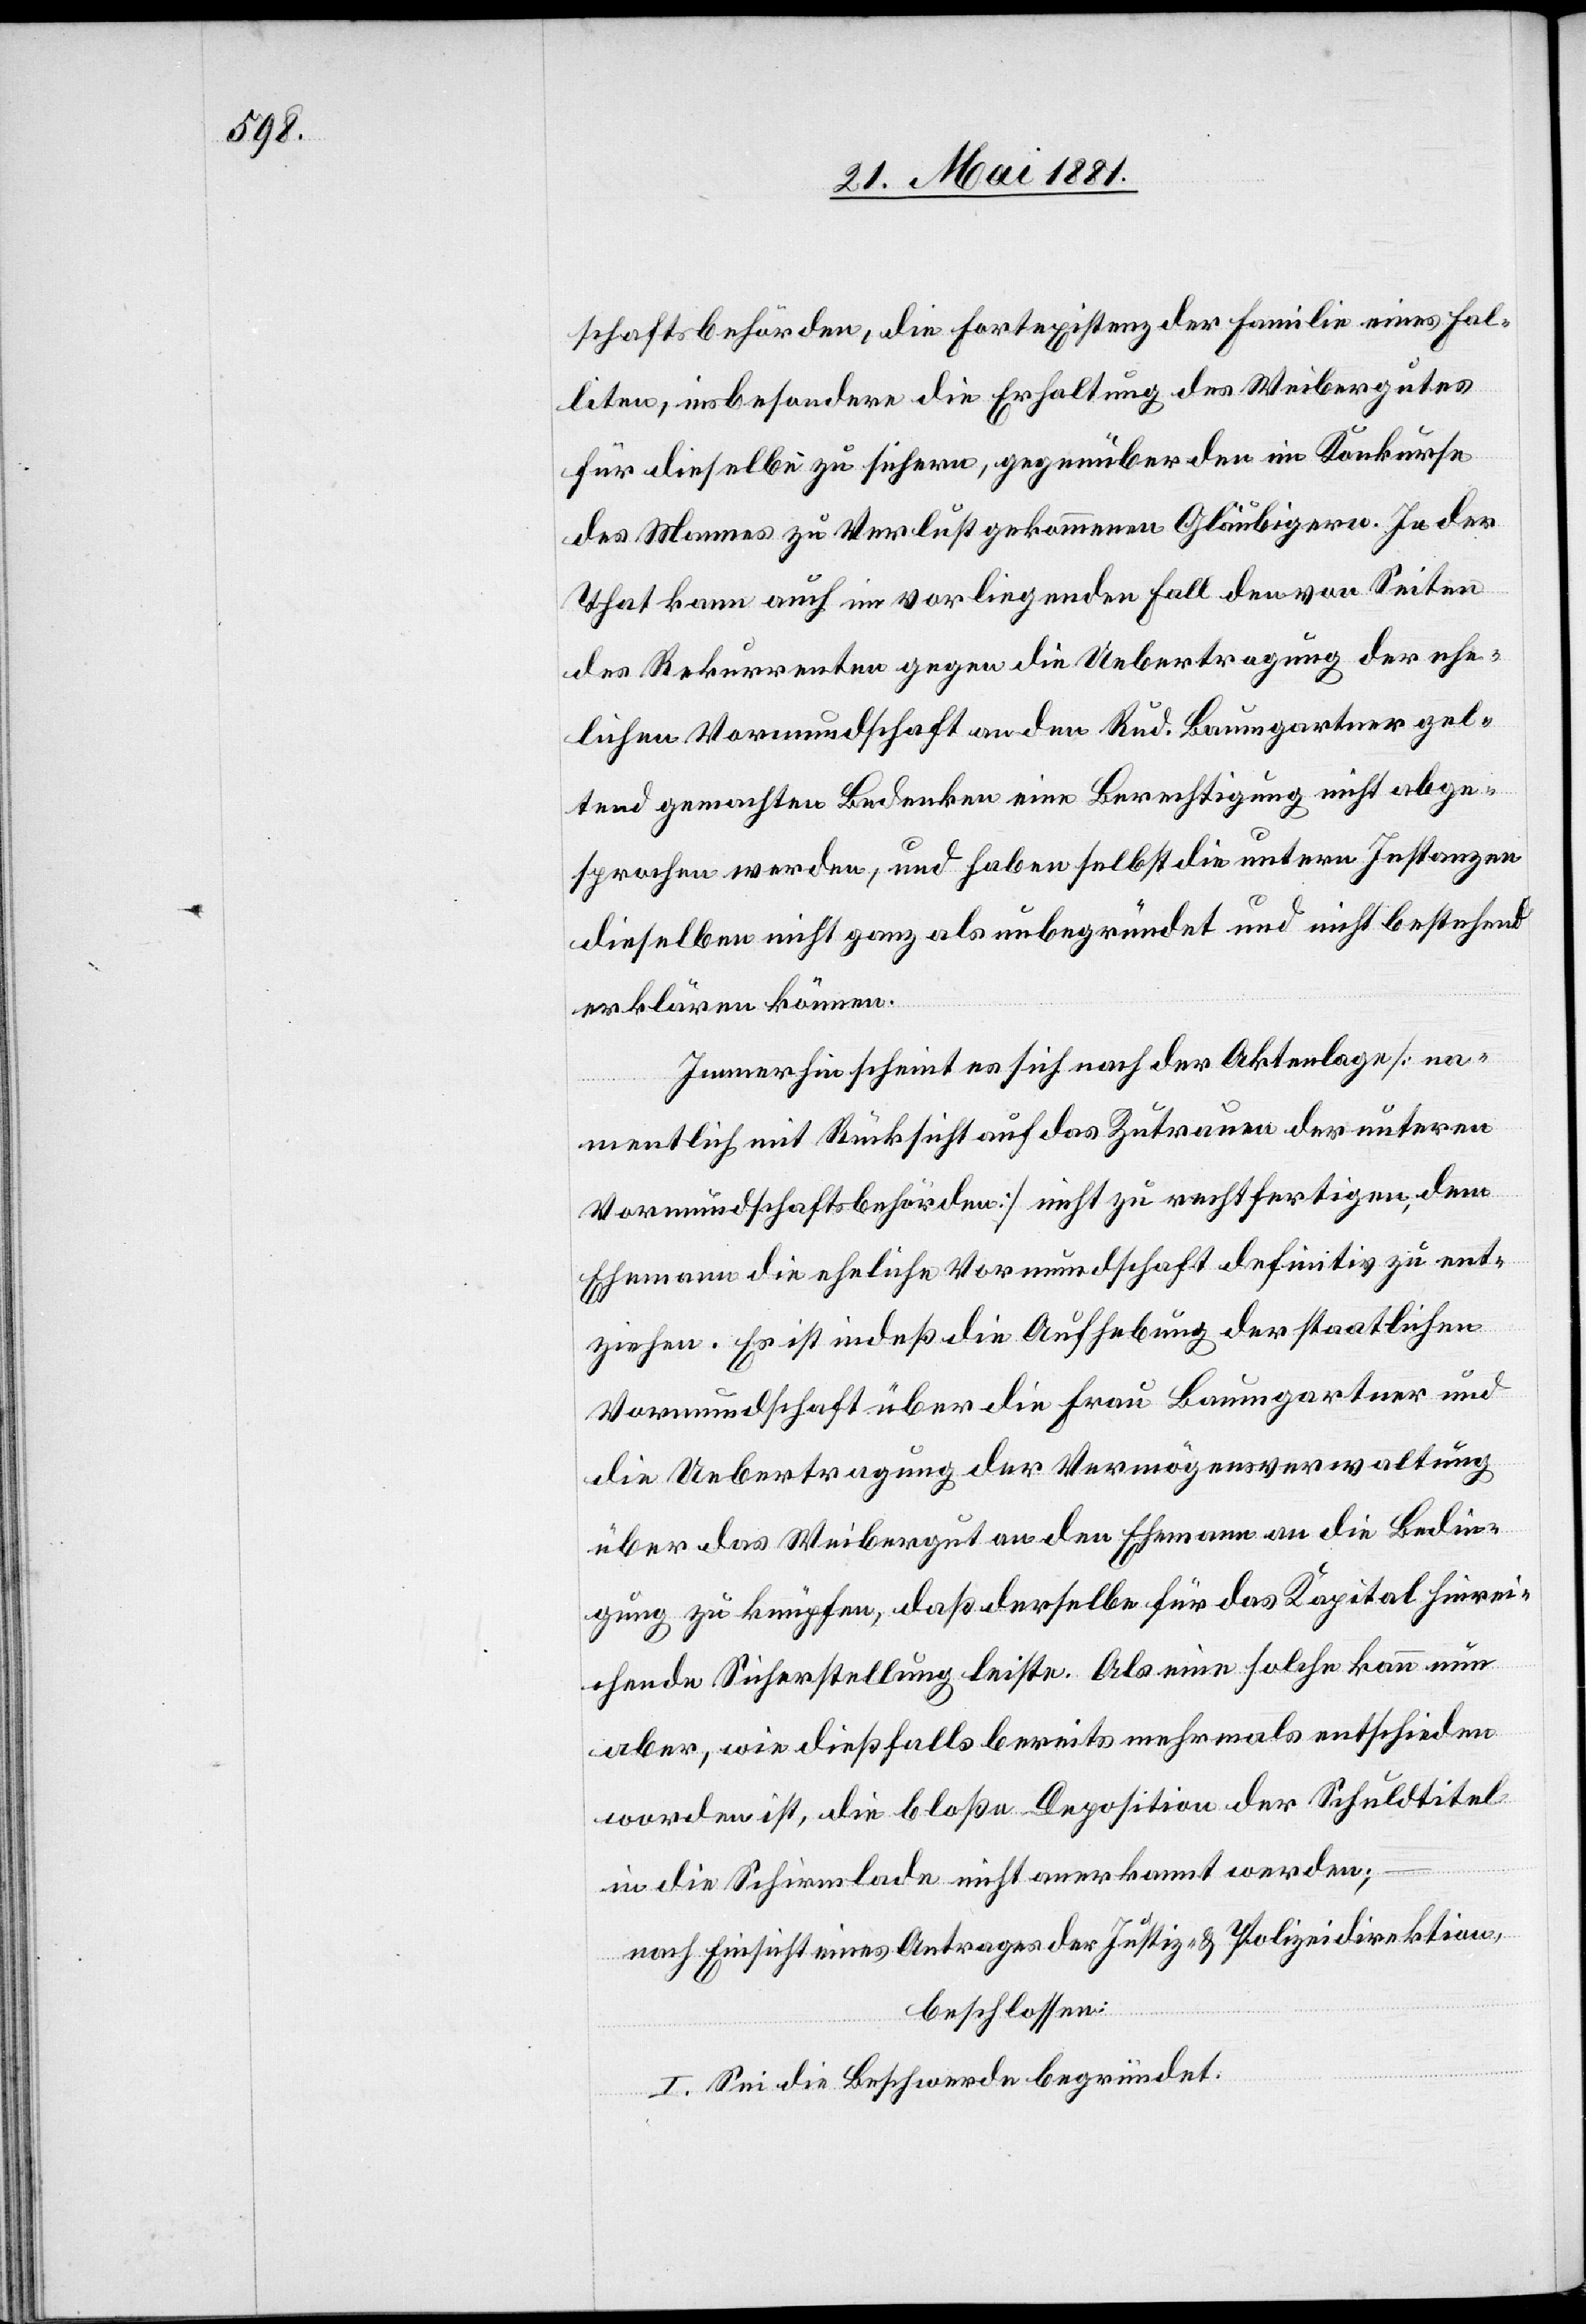
schaftsbehörden, die Fortexistenz der Familie eines Fal¬
liten, insbesondere die Erhaltung des Weibergutes
für dieselbe zu sichern, gegenüber den im Konkurse
des Mannes zu Verlust gekommenen Gläubigern. In der
That kann auch im vorliegenden Fall den von Seiten
des Rekurrenten gegen die Uebertragung der ehe¬
lichen Vormundschaft an den Rud. Baumgartner gel¬
tend gemachten Bedenken eine Berechtigung nicht abge¬
sprochen werden, und haben selbst die untern Instanzen
dieselben nicht ganz als unbegründet und nicht bestehend
erklären können.
Immerhin scheint es sich nach der Aktenlage [na¬
mentlich mit Rücksicht auf das Zutrauen der unteren
Vormundschaftsbehörden] nicht zu rechtfertigen, dem
Ehemann die eheliche Vormundschaft definitiv zu ent¬
ziehen. Es ist indeß die Aufhebung der staatlichen
Vormundschaft über die Frau Baumgartner und
die Uebertragung der Vermögensverwaltung
über das Weibergut an den Ehemann an die Bedin¬
gung zu knüpfen, daß derselbe für das Kapital hinrei¬
chende Sicherstellung leiste. Als eine solche kann nun
aber, wie dießfalls bereits mehrmals entschieden
worden ist, die bloße Deposition der Schuldtitel
in die Schirmlade nicht anerkannt werden;
nach Einsicht eines Antrages der Justiz- & Polizeidirektion,
beschlossen:
I. Sei die Beschwerde begründet.